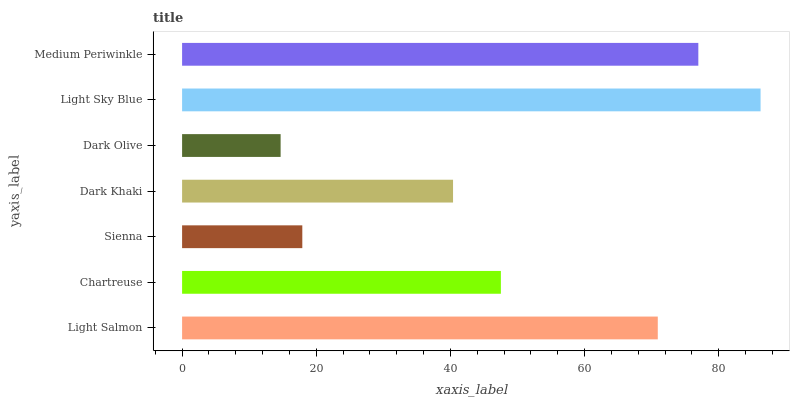
| yaxis_label | bars |
 | --- | --- |
 | Light Salmon | 70.9 |
 | Chartreuse | 47.5 |
 | Sienna | 17.9 |
 | Dark Khaki | 40.4 |
 | Dark Olive | 14.7 |
 | Light Sky Blue | 86.2 |
 | Medium Periwinkle | 76.9 |